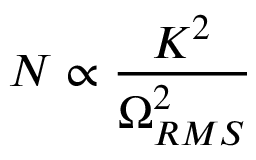
N \propto \frac { K ^ { 2 } } { \Omega _ { R M S } ^ { 2 } }